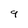
Character: 9